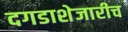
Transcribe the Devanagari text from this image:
दगडाशेजारीच